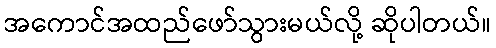
အကောင်အထည်ဖော်သွားမယ်လို့ ဆိုပါတယ်။